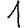
Digit: 1